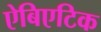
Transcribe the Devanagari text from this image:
ऐबिएटिक